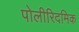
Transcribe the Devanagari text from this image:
पोलीरिदमिक